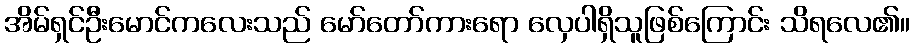
အိမ်ရှင်ဦးမောင်ကလေးသည် မော်တော်ကားရော လှေပါရှိသူဖြစ်ကြောင်း သိရလေ၏။